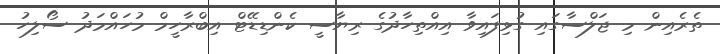
ތެރެއިން މި ޖަލްސާގައި ގުޅިފައިވާ އިއްތިހާދުގެ ރިޔާސީ ކެންޑިޑޭޓް އިބްރާހީމް މުހައްމަދު ސޯލިހު